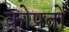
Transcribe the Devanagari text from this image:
कोपतो